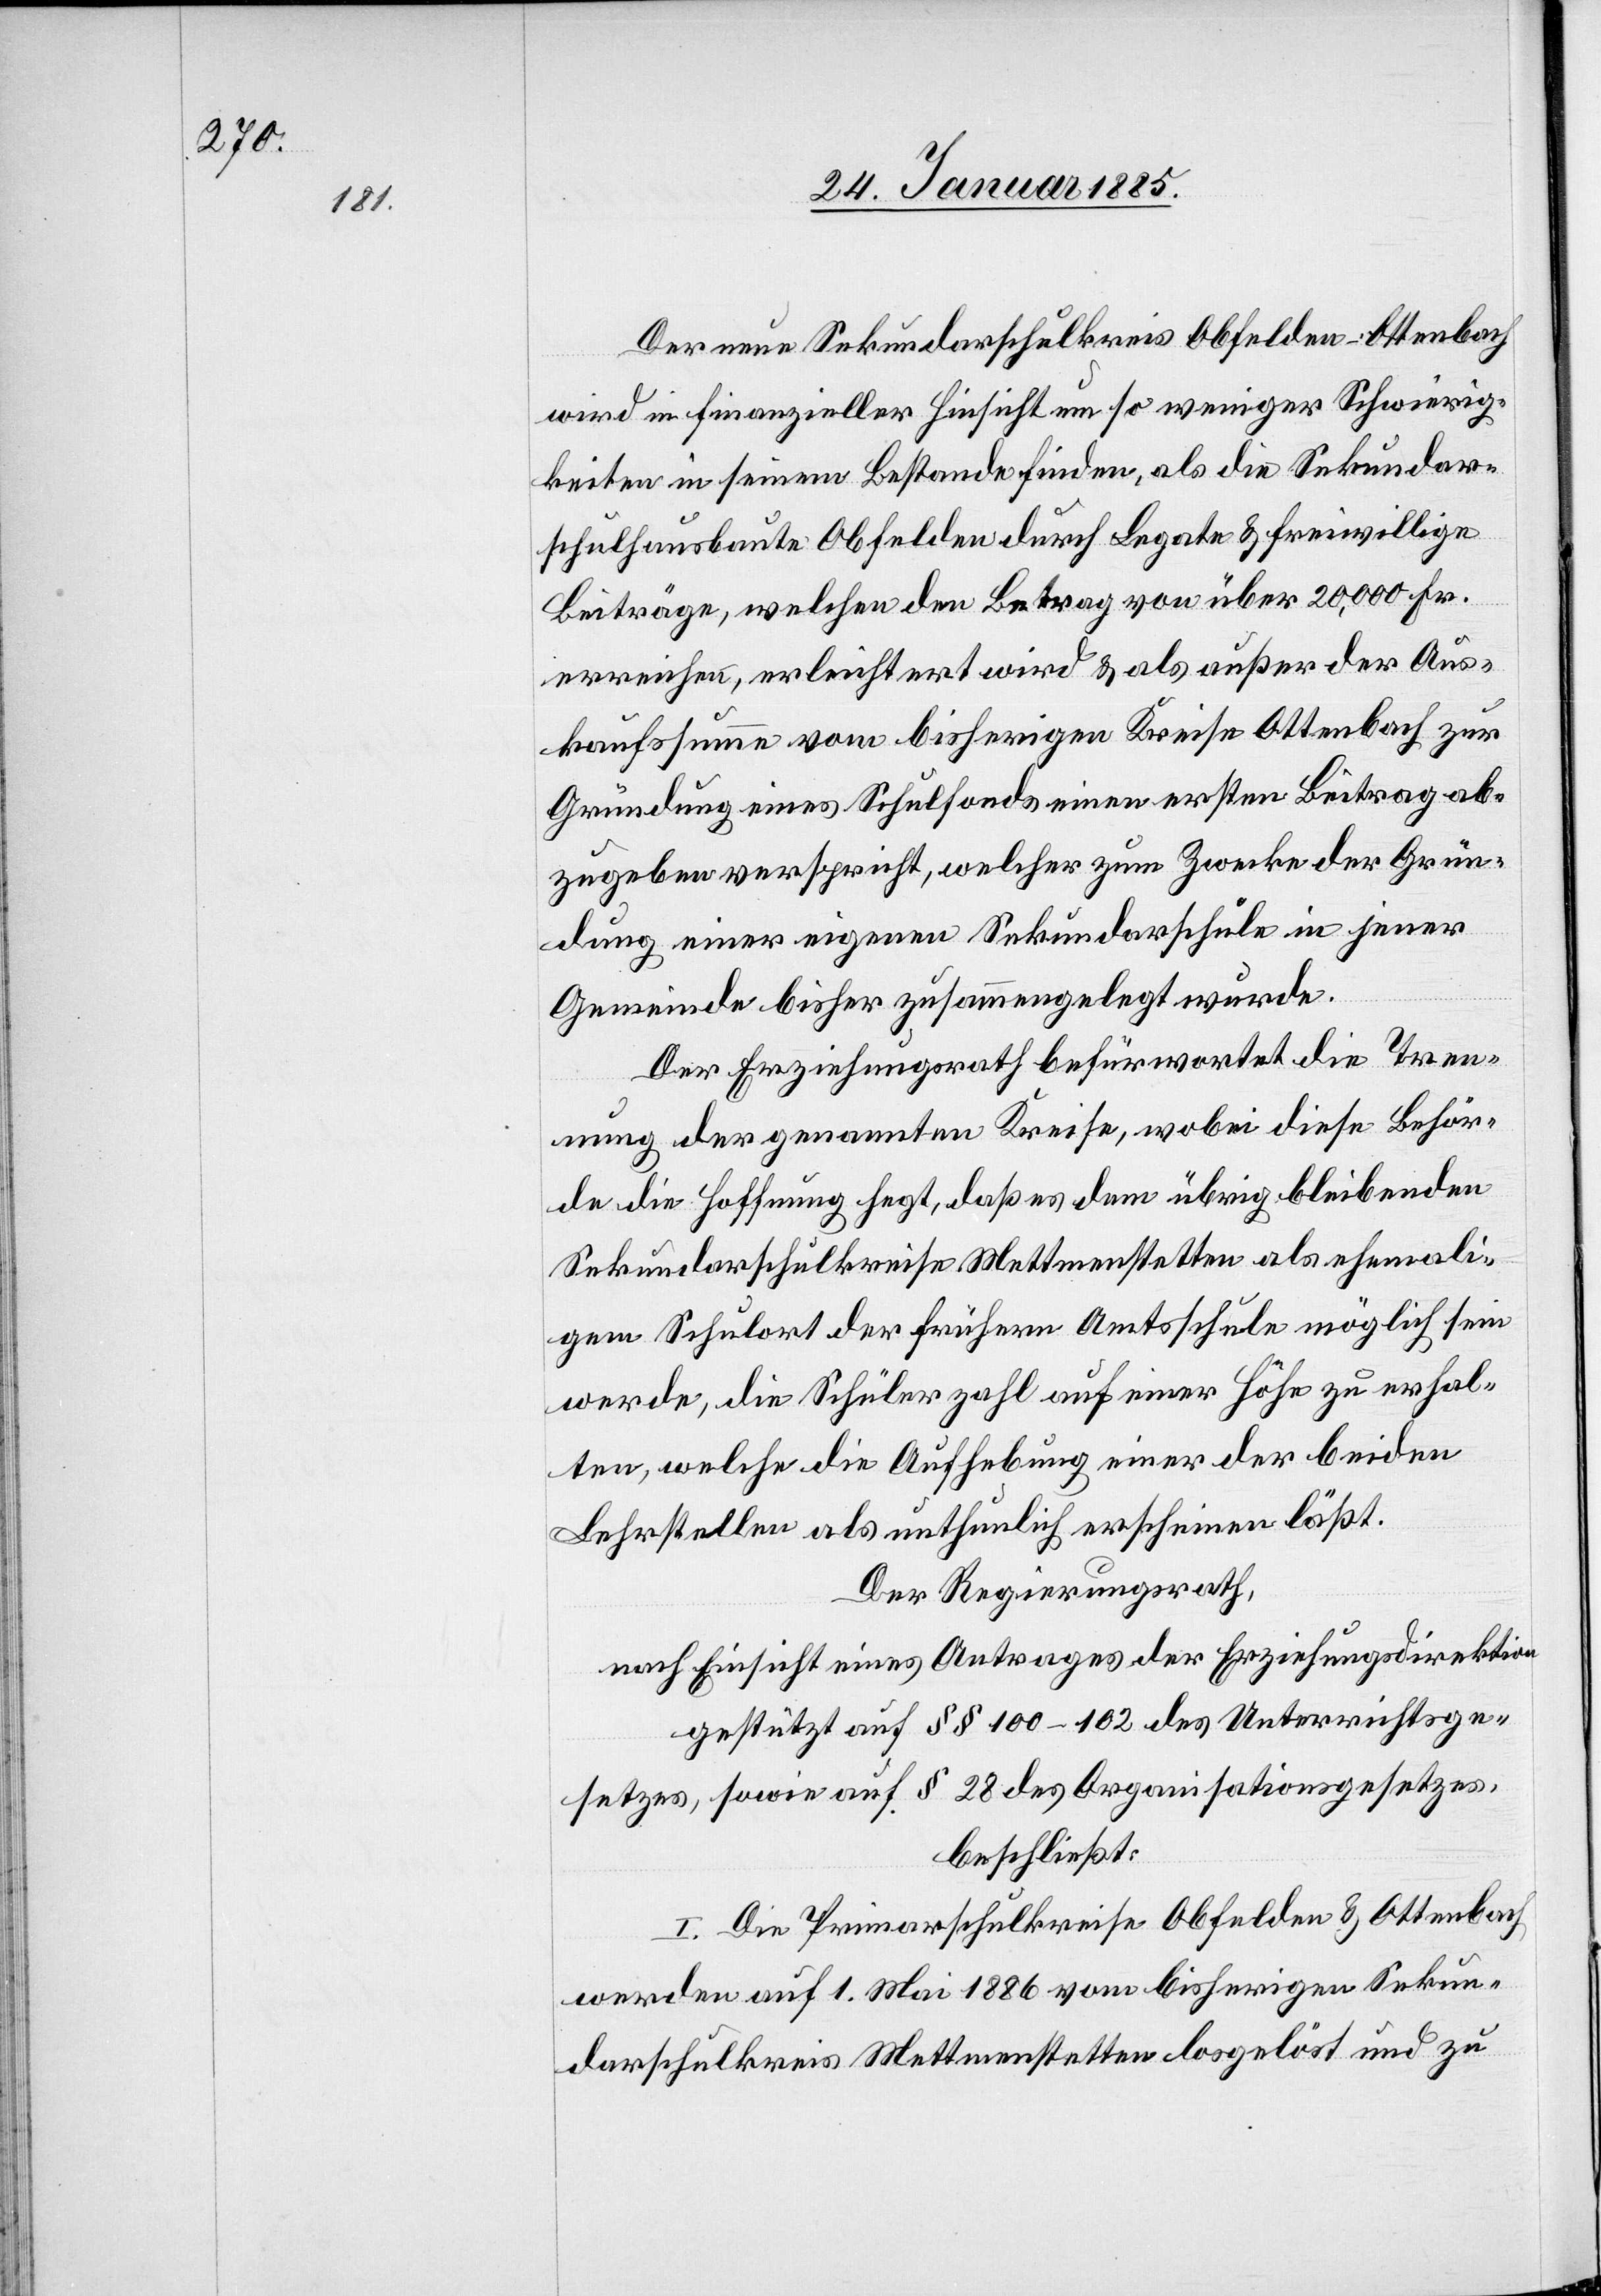
Der neue Sekundarschulkreis Obfelden-Ottenbach
wird in finanzieller Hinsicht um so weniger Schwierig¬
keiten in seinem Bestande finden, als die Sekundar¬
schulhausbaute Obfelden durch Legata & freiwillige
Beiträge, welchen den Betrag von über 20,000 Fr.
erreichen, erleichtert wird & als außer der Aus¬
kaufssumme vom bisherigen Kreise Ottenbach zur
Gründung eines Schulfonds einen ersten Beitrag ab¬
zugeben verspricht, welcher zum Zwecke der Grün¬
dung einer eigenen Sekundarschule in jener
Gemeinde bisher zusammengelegt wurde.
Der Erziehungsrath befürwortet die Tren¬
nung der genannten Kreise, wobei diese Behör¬
de die Hoffnung hegt, daß es dem übrig bleibenden
Sekundarschulkreise Mettmenstetten als ehemali¬
gem Schulort der frühern Amtsschule möglich sein
werde, die Schülerzahl auf einer Höhe zu erhal¬
ten, welche die Aufhebung einer der beiden
Lehrstellen als unthunlich erscheinen läßt.
Der Regierungsrath,
nach Einsicht eines Antrages der Erziehungsdirektion
gestützt auf §§ 100–102 des Unterrichtsge¬
setzes, sowie auf § 28 des Organisationsgesetzes,
beschließt:
I. die Primarschulgemeinde Obfelden & Ottenbach
werden auf 1. Mai 1886 vom bisherigen Sekun¬
darschulkreis Mettmenstetten losgelöst und zu